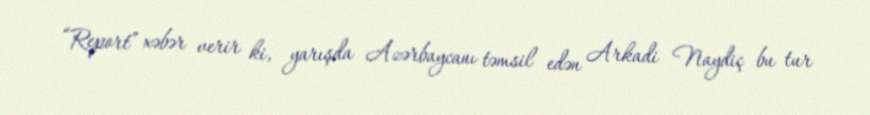
“Report” xəbər verir ki, yarışda Azərbaycanı təmsil edən Arkadi Naydiç bu tur